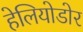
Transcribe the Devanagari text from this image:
हेलियोडोर